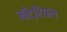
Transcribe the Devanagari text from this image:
माँट्रियल